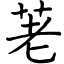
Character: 荖